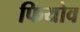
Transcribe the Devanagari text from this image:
फियोव